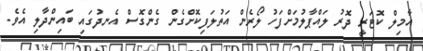
އާމިލް ކޮޓަރީ ދޮރު ލައްޕާލުމަށްފަހު ލޯރެން އަތުލަފިކޮށްގެން ގެންގޮސް އެނދުގައި ބައިންދާލި އެވެ.